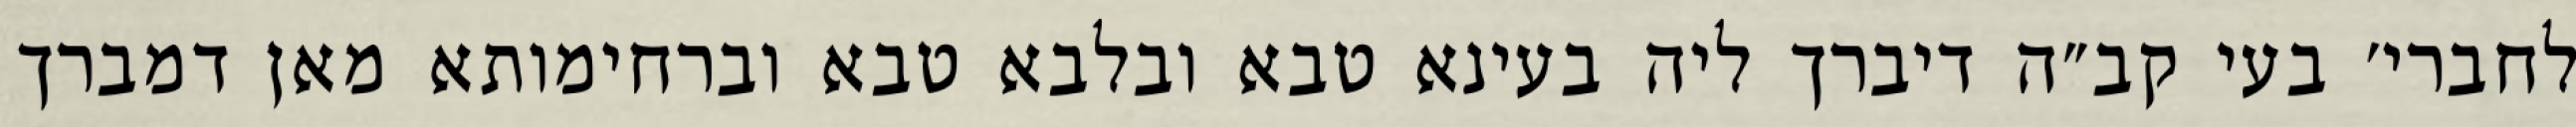
לחברי׳ בעי קב״ה דיברך ליה בעינא טבא ובלבא טבא וברחימותא מאן דמברך